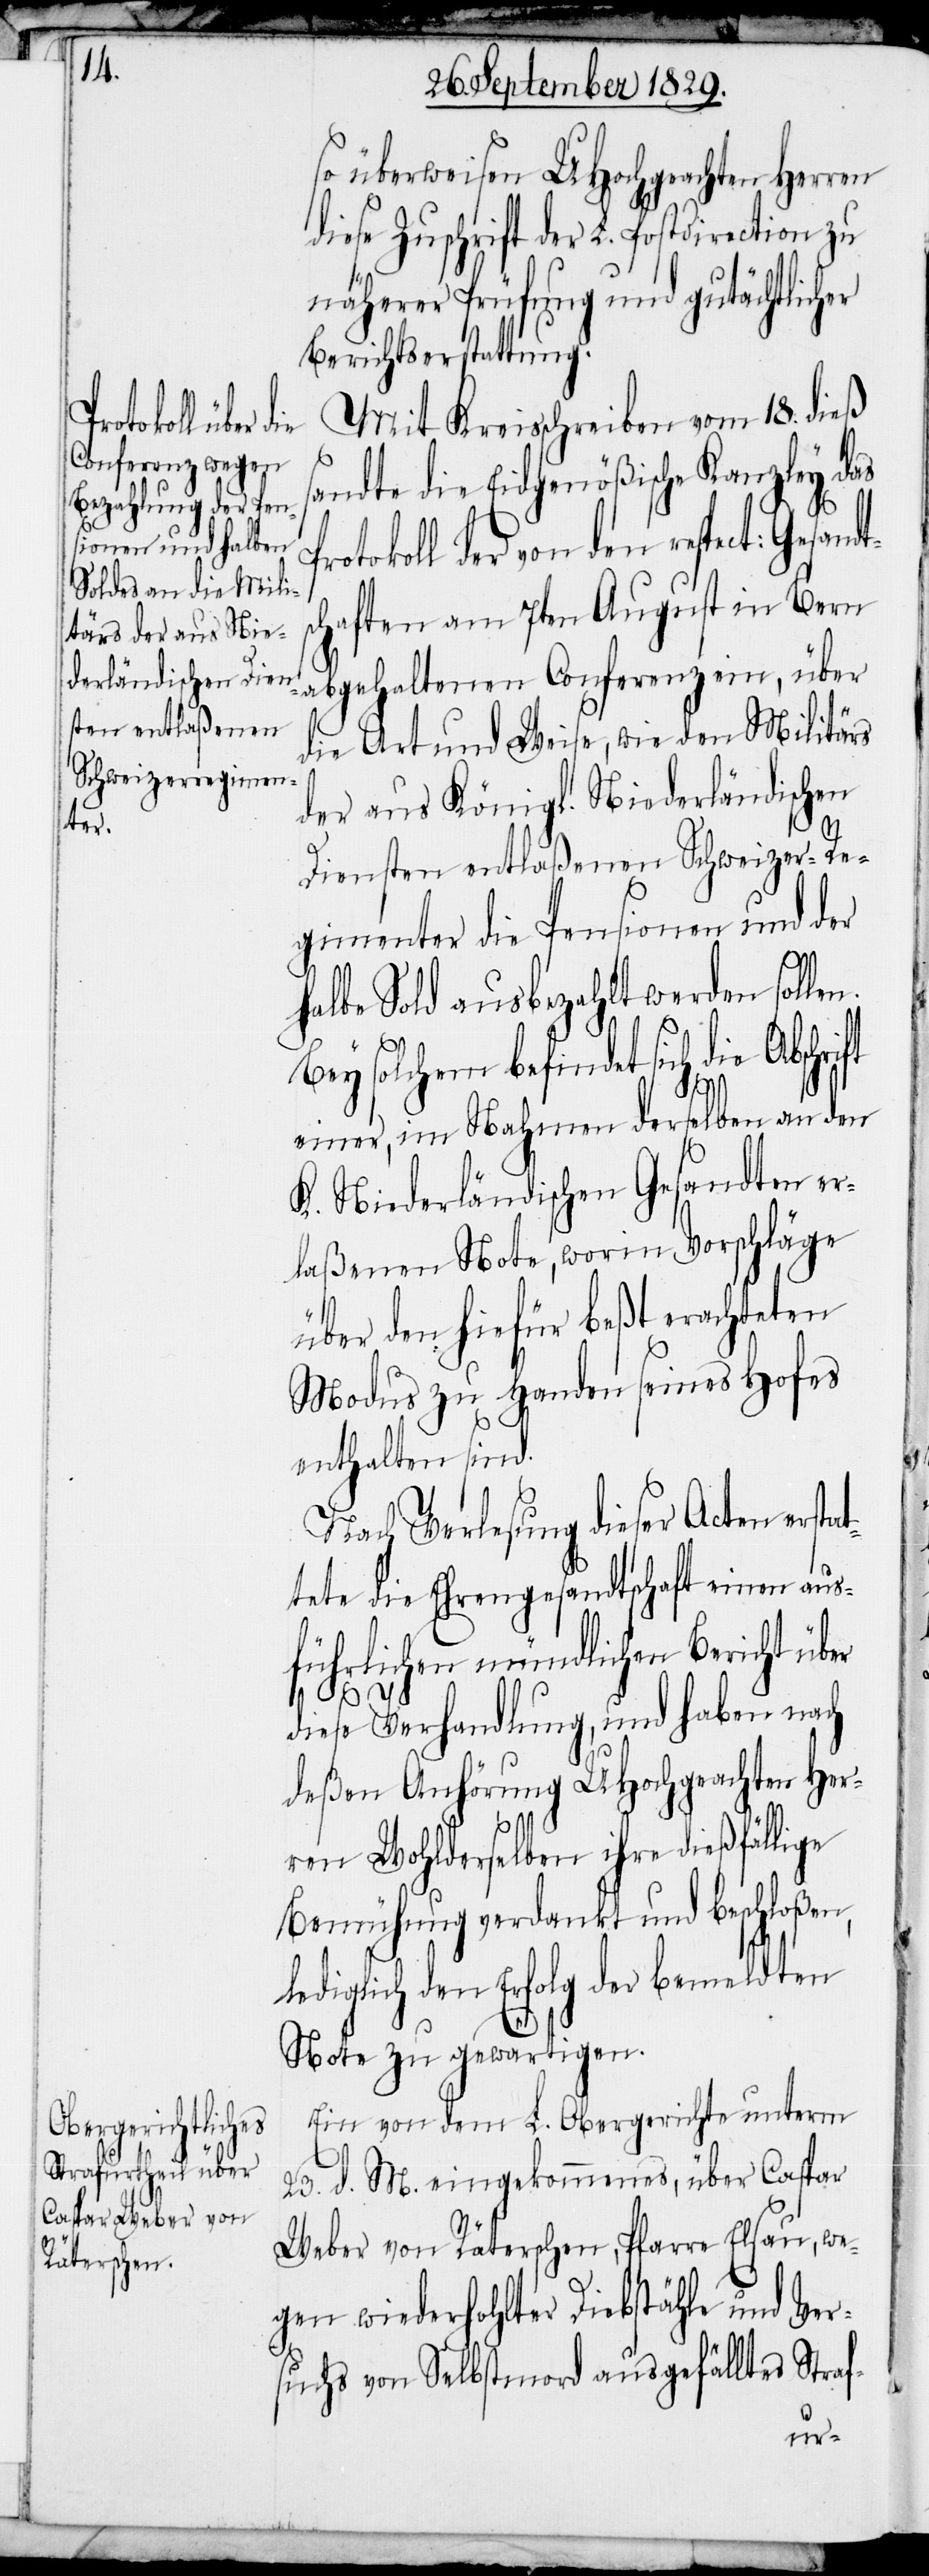
Gesandts¬

so überweisen UHochgeachten Herren
diese Zuschrift der L. Postdirection zu
näherer Prüfung und gutächtlicher
Berichterstattung.
Mit Kreisschreiben vom 18. dieß
sandte die Eidgenößische Kanzley das
rotokoll der von den respect:
chaften am 7ten August in Bern
abgehaltenen Conferenz ein, über
die Art und Weise, wie den Militärs
der aus Königl. Niederländischen
Diensten entlaßenen Schweizer-Re¬
gimenter die Pensionen und der
halbe Sold ausbezahlt werden solle¬
Bey solchem befindet sich die
einer, im Nahmen derselben an den
K. Niederländischen Gesandten er¬
laßenen Note, worin Vorschläge
über den hiefür beßt erachteten
Modus zu Handen seines Hofes
enthalten sind.
Nach Verlesung dieser Acten erst¬
tete die Ehrengesandtschaft einen aus¬
führlichen mündlichen Bericht üb¬
diese Verhandlung, und haben nach
deßen Anhörung UHochgeachten Her¬
ren Wohlderselben ihre dießfällige
Bemühung verdankt und beschloßen,
lediglich den Erfolg der bemeldten
Note zu gewärtigen.
Ein von dem L. Obergerichte unterm
23. d. M. eingekommenes, über Caspar
Weber von Räterschen, Pfarre Elsau, we¬
gen wiederholter Diebstähle und Ver¬
suchs von Selbstmord ausgefälltes Straf-
er